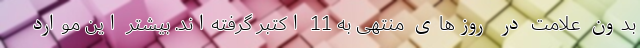
بدون علامت در روزهای منتهی به 11 اکتبر گرفته‌اند. بیشتر این موارد